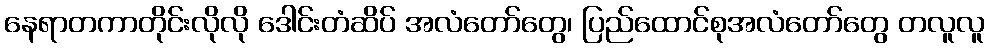
နေရာတကာတိုင်းလိုလို ဒေါင်းတံဆိပ် အလံတော်တွေ၊ ပြည်ထောင်စုအလံတော်တွေ တလူလူ